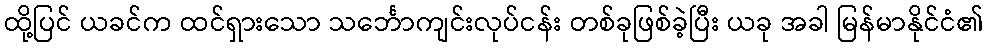
ထို့ပြင် ယခင်က ထင်ရှားသော သင်္ဘောကျင်းလုပ်ငန်း တစ်ခုဖြစ်ခဲ့ပြီး ယခု အခါ မြန်မာနိုင်ငံ၏